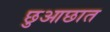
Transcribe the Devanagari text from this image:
छुआछात